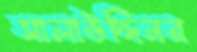
সালাউদ্দিনর